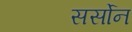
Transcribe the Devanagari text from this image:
सर्सोन